Lunatic asylums Punjab 1881-1894 - 1881-1894
Year: 1881
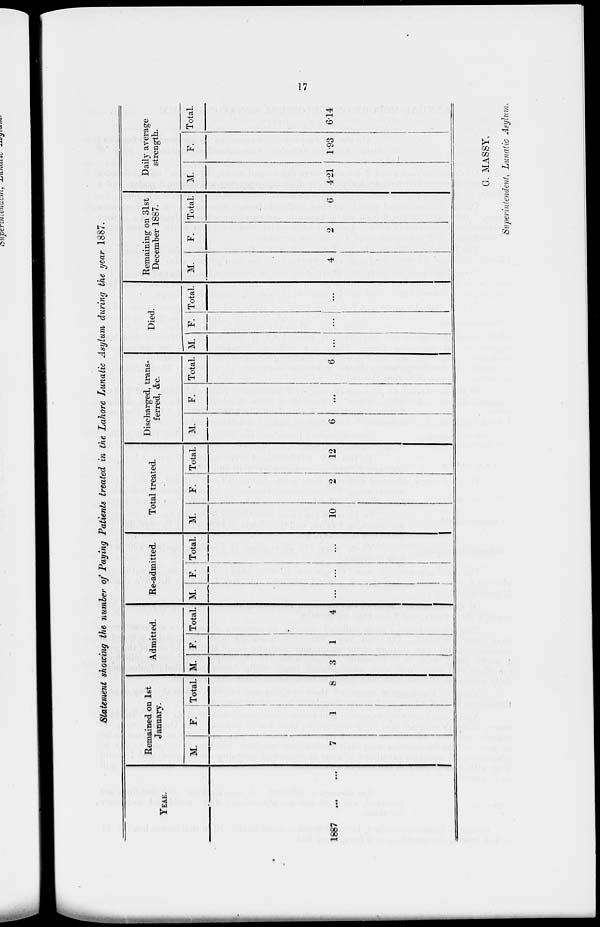
17
Statement showing the number of Paying Patients treated in the Lahore Lunatic Asylum during the year 1887.
YEAR.
1887 ... ...
Remained on 1st
January.
M.
7
F.
1
Total
8
Admitted.
M.
3
F.
1
Total.
4
Re-admitted.
M.
...
F.
...
Total.
...
Total treated.
M.
10
F.
2
Total.
12
Discharged, trans-
ferred, &c
M.
6
F.
...
Total.
6
Died.
M.
...
F.
...
Total.
Remaining on 31st
December 1887.
M.
4
F.
2
Total.
6
Daily average
strength.
M.
4.21
F.
1.93
Total.
6.14
G. MASSY,
Superintendent, Lunatic Asylum.